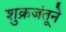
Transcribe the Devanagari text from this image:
शुक्रजंतूने